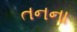
તનના